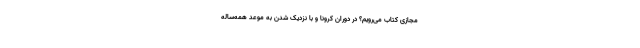
مجازی کتاب می‌رویم؟ در دوران کرونا و با نزدیک شدن به موعد همه‌ساله